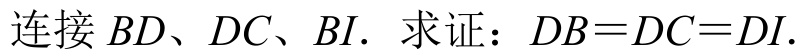
连接 \(BD、DC、BI\). 求证：\(DB = DC = DI\).